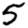
Digit: 5